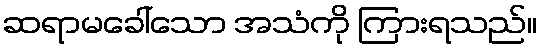
ဆရာမခေါ်သော အသံကို ကြားရသည်။